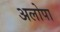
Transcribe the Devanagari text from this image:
अलोपा